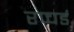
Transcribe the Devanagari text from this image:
रप्चर्ड